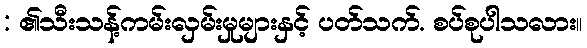
: ၏သီးသန့်ကမ်းလှမ်းမှုများနှင့် ပတ်သက်. စပ်စုပါသလား။